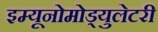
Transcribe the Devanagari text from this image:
इम्यूनोमोड्युलेटरी